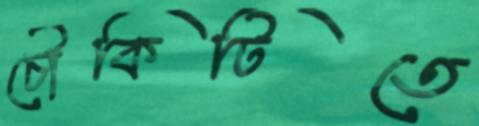
চৌকিটিতে